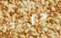
حريتك